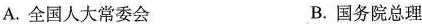
A.全国人大常委会 B.国务院总理